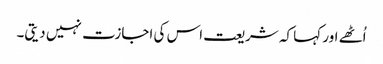
اُٹھے اور کہا کہ شریعت اس کی اجازت نہیں دیتی۔